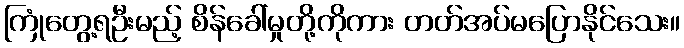
ကြုံတွေ့ရဦးမည့် စိန်ခေါ်မှုတို့ကိုကား တတ်အပ်မပြောနိုင်သေး။